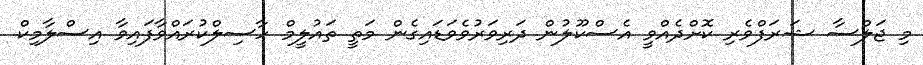
މި ޖަލްސާ ޝަރަފްވެރި ކޮށްދެއްވީ އެސްކޫލުން ދަރިވަރުވެވަޑައިގެން މަތީ ތައުލީމް ހާސިލްކުރައްވާފައިވާ އިސްލާމިކް